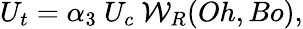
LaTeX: U_{t}=\alpha_{3}~U_{c}~{\mathcal{W}}_{R}(Oh,Bo),